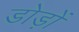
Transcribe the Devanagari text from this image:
डोड़ों